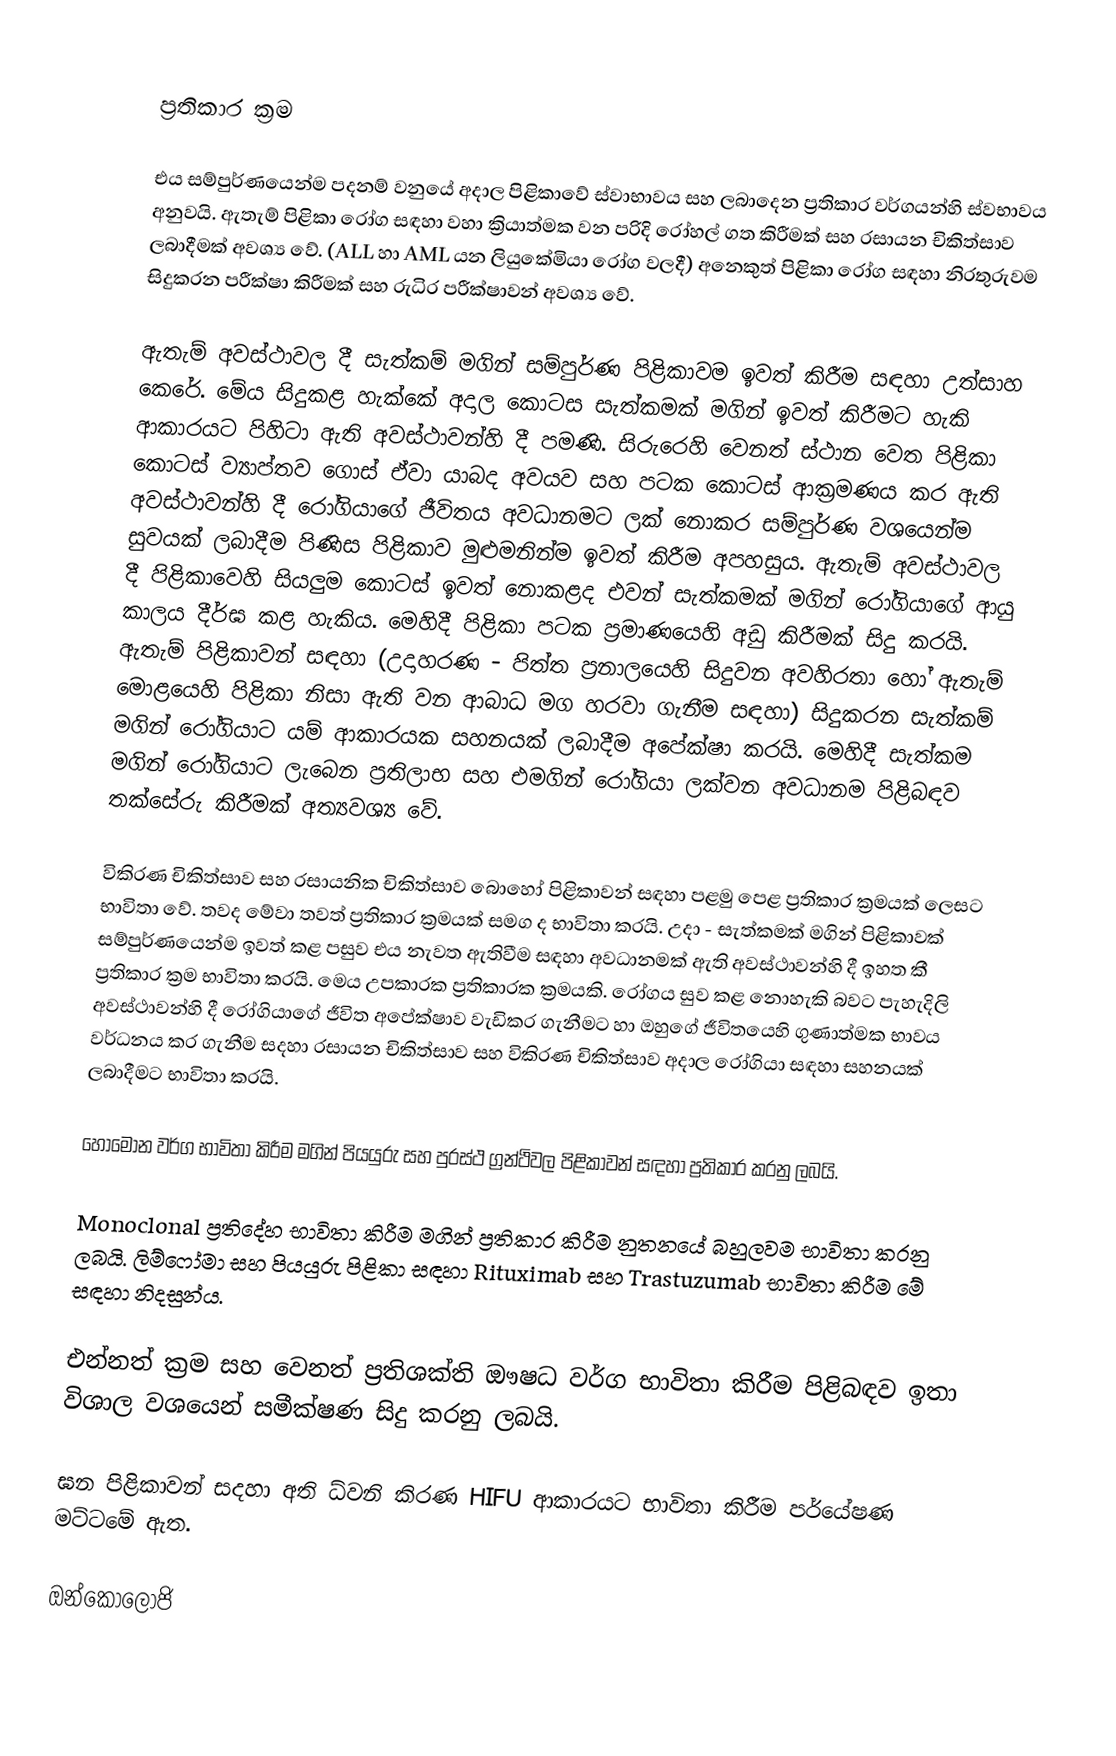

ප්‍රතිකාර ක්‍රම

එය සම්පුර්ණයෙන්ම පදනම් වනුයේ අදාල පිළිකාවේ ස්වාභාවය සහ ලබාදෙන ප්‍රතිකාර වර්ගයන්හි ස්වභාවය අනුවයි. ඇතැම් පිළිකා රෝග සඳහා වහා ක්‍රියාත්මක වන පරිදි රෝහල් ගත කිරීමක් සහ රසායන චිකිත්සාව ලබාදීමක් අවශ්‍ය වේ. (ALL හා AML යන ලියුකේමියා රෝග වලදී) අනෙකුත් පිළිකා රෝග සඳහා නිරතුරුවම සිදුකරන පරීක්ෂා කිරීමක් සහ රුධිර පරීක්ෂාවන් අවශ්‍ය වේ.

ඇතැම් අවස්ථාවල දී සැත්කම් මගින් සම්පුර්ණ  පිළිකාවම ඉවත් කිරීම සඳහා උත්සාහ කෙරේ. මේය සිදුකළ හැක්කේ අදාල කොටස සැත්කමක් මගින් ඉවත් කිරීමට හැකි ආකාරයට පිහිටා ඇති අවස්ථාවන්හි දී පමණි. සිරුරෙහි වෙනත් ස්ථාන වෙත පිළිකා කොටස් ව්‍යාප්තව ගොස් ඒවා යාබද අවයව සහ පටක කොටස් ආක්‍රමණය කර ඇති අවස්ථාවන්හි දී රෝගියාගේ ජීවිතය අවධානමට ලක් නොකර සම්පුර්ණ වශයෙන්ම සුවයක් ලබාදීම පිණිස පිළිකාව මුළුමනින්ම ඉවත් කිරීම අපහසුය. ඇතැම් අවස්ථාවල දී පිළිකාවෙහි සියලුම කොටස් ඉවත් නොකළද එවන් සැත්කමක් මගින් රෝගියාගේ ආයු කාලය දීර්ඝ කළ හැකිය. මෙහිදී පිළිකා පටක ප්‍රමාණයෙහි අඩු කිරීමක් සිදු කරයි. ඇතැම් පිළිකාවන් සඳහා (උදාහරණ - පිත්ත ප්‍රනාලයෙහි සිදුවන අවහිරතා හෝ ඇතැම් මොළයෙහි පිළිකා නිසා ඇති වන ආබාධ මග හරවා ගැනීම සඳහා)  සිදුකරන  සැත්කම් මගින් රෝගියාට යම් ආකාරයක සහනයක් ලබාදීම අපේක්ෂා කරයි. මෙහිදී සැත්කම මගින් රෝගියාට ලැබෙන ප්‍රතිලාභ සහ එමගින් රෝගියා ලක්වන අවධානම පිළිබඳව තක්සේරු කිරීමක් අත්‍යවශ්‍ය වේ.

විකිරණ චිකිත්සාව සහ රසායනික චිකිත්සාව බොහෝ පිළිකාවන් සඳහා පළමු පෙළ ප්‍රතිකාර ක්‍රමයක් ලෙසට භාවිතා වේ. තවද මේවා තවත් ප්‍රතිකාර ක්‍රමයක් සමග ද භාවිතා කරයි. උදා - සැත්කමක් මගින් පිළිකාවක් සම්පුර්ණයෙන්ම ඉවත් කළ පසුව එය නැවත ඇතිවීම සඳහා අවධානමක් ඇති අවස්ථාවන්හි දී ඉහත කී ප්‍රතිකාර ක්‍රම භාවිතා කරයි. මෙය උපකාරක ප්‍රතිකාරක ක්‍රමයකි. රෝගය සුව කළ නොහැකි බවට පැහැදිලි අවස්ථාවන්හි දී රෝගියාගේ ජීවිත අපේක්ෂාව වැඩිකර ගැනීමට හා ඔහුගේ ජීවිතයෙහි ගුණාත්මක භාවය වර්ධනය කර ගැනීම සදහා රසායන චිකිත්සාව සහ විකිරණ චිකිත්සාව අදාල රෝගියා සඳහා සහනයක් ලබාදීමට භාවිතා කරයි.

හෝමෝන වර්ග භාවිතා කිරීම මගින් පියයුරු සහ පුරස්ථ ග්‍රන්ථිවල පිළිකාවන් සඳහා ප්‍රතිකාර කරනු ලබයි.

Monoclonal ප්‍රතිදේහ භාවිතා කිරීම මගින් ප්‍රතිකාර කිරීම නුතනයේ බහුලවම භාවිතා කරනු ලබයි. ලිම්ෆෝමා සහ පියයුරු පිළිකා සඳහා Rituximab සහ  Trastuzumab භාවිතා කිරීම මේ සඳහා නිදසුන්ය.

එන්නත් ක්‍රම සහ වෙනත් ප්‍රතිශක්ති ඖෂධ වර්ග භාවිතා කිරීම පිළිබඳව ඉතා විශාල වශයෙන් සමීක්ෂණ සිදු කරනු ලබයි.

ඝන පිළිකාවන් සදහා අති ධ්වනි කිරණ HIFU ආකාරයට භාවිතා කිරීම පර්යේෂණ මට්ටමේ ඇත.

ඔන්කොලොජි